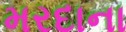
મરદાના